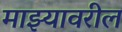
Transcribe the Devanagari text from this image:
माझ्यावरील